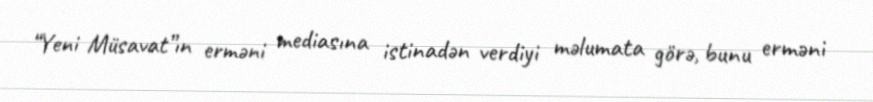
“Yeni Müsavat”ın erməni mediasına istinadən verdiyi məlumata görə, bunu erməni